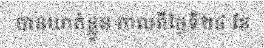
បានឃាត់ខ្លួន កាលពីថ្ងៃទី២៤ ខែ